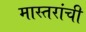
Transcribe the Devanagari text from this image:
मास्तरांची